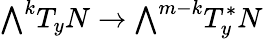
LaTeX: {\textstyle\bigwedge}^{k}T_{y}N\to{\textstyle\bigwedge}^{m-k}T_{y}^{*}N